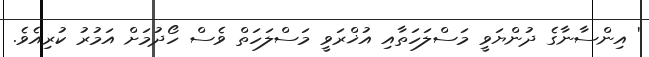
' އިންސާނާގެ ދުންޔަވީ މަސްލަހަތާއި އުޚްރަވީ މަސްލަހަތް ވެސް ހޯދުމަށް އަމުރު ކުރިއެވެ.